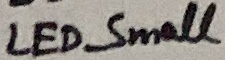
Text: LED_Small